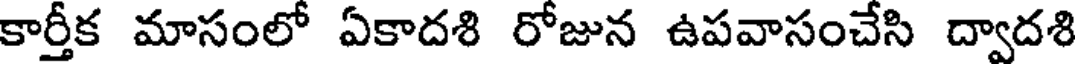
కార్తీక మాసంలో ఏకాదశి రోజున ఉపవాసంచేసి ద్వాదశి